Senior Leaving Certificate Examination (including Day School Certificate (Higher) General paper), 1950
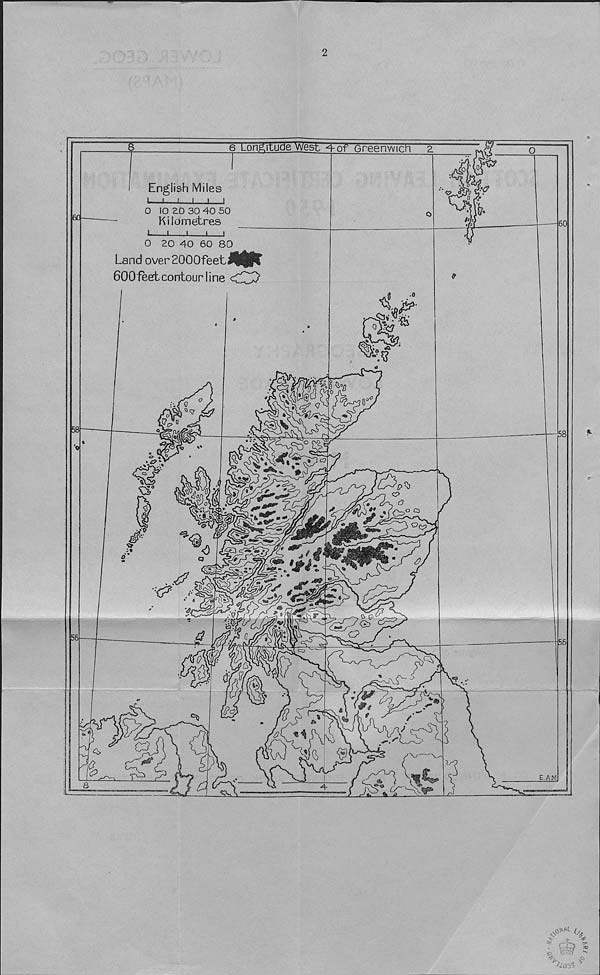
2
6 Longitude west
Greenwich
English Miles
i—i i i i i
O 10 ZO 30 40 50
Kilometres
i
i
i
i
i
0
AW
6C -
0//O
60(
O 20 40 60 80
Land over2000feetH((t
600feet contour line <1^)
y:a
&
a
C3
58
58
§
%
o
(?A
i
5?
o
Og-p
<3
««?
■<? .
'A
5
3^
ca:
c?
.£3
£6
So
C^7
i
Q
a
X/
3
cP
E.A.M
4 a*